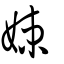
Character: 娕